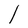
Character: l